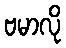
ဗမာလို